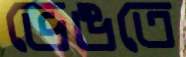
ভেঙতে